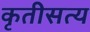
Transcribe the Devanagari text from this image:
कृतीसत्य